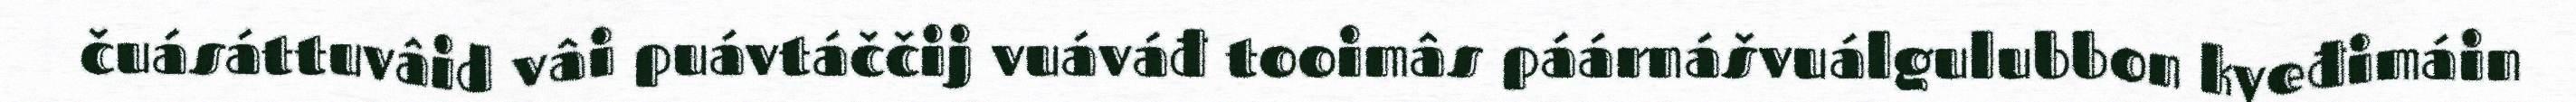
čuásáttuvâid vâi puávtáččij vuáváđ tooimâs páárnášvuálgulubbon kyeđimáin